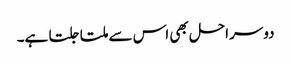
دوسراحل بھی اس سے ملتا جلتا ہے۔